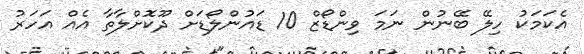
އެކަމަކު ހިލޭ ބޭނުން ނަމަ ވިންޑޯޒް 10 ޑައުންލޯޑަށް ދޫކޮށްލާތާ އެއް އަހަރު